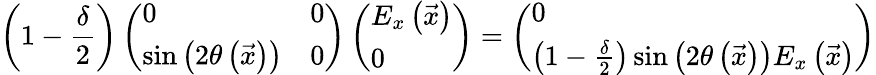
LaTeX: \left(1-\frac{\delta}{2}\right)\left(\begin{array}{ll}{0}&{0}\\ {\sin{\left(2\theta\left(\vec{x}\right)\right)}}&{0}\end{array}\right)\left(\begin{array}{l}{E_{x}\left(\vec{x}\right)}\\ {0}\end{array}\right)=\left(\begin{array}{l}{0}\\ {\left(1-\frac{\delta}{2}\right)\sin{\left(2\theta\left(\vec{x}\right)\right)}E_{x}\left(\vec{x}\right)}\end{array}\right)